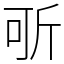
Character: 㪼